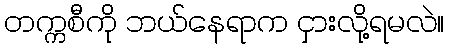
တက္ကစီကို ဘယ်နေရာက ငှားလို့ရမလဲ။